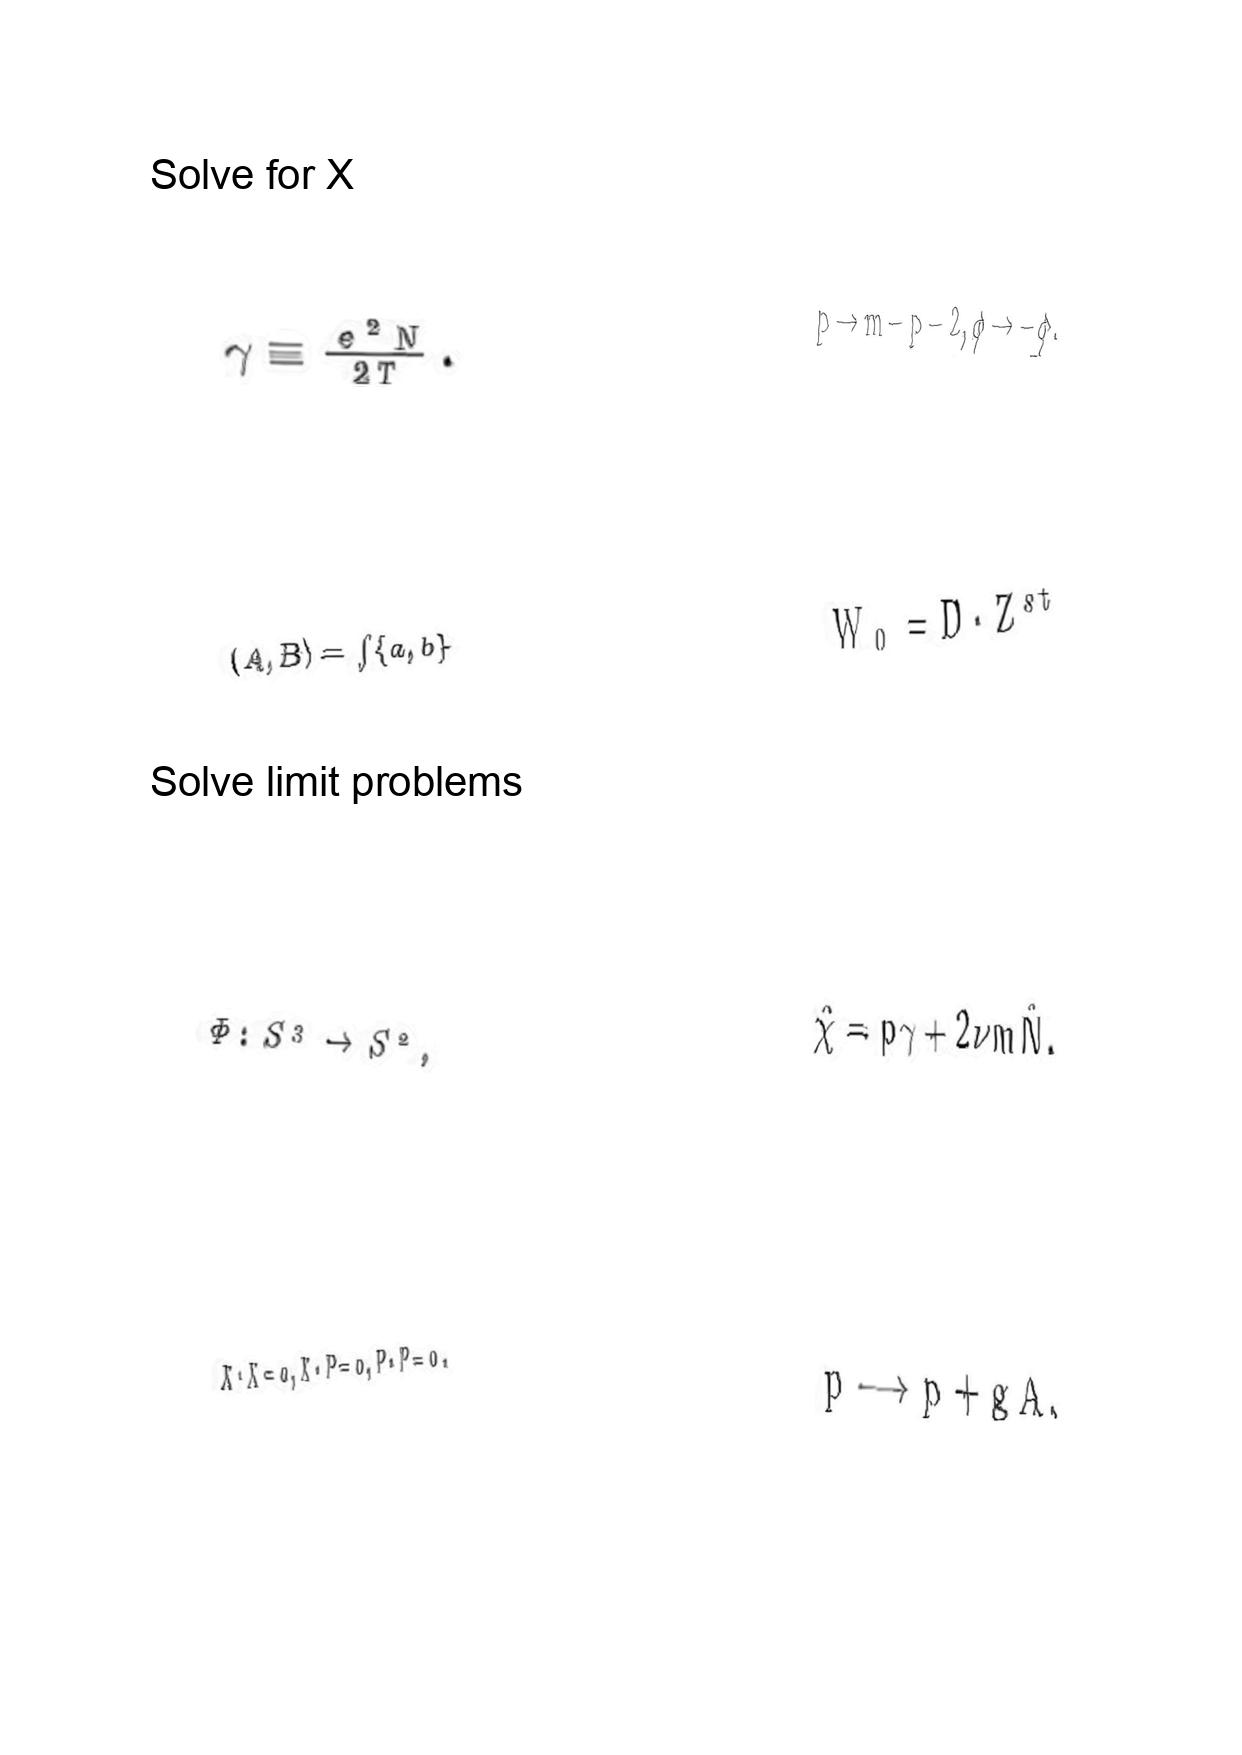
LaTeX transcription:
\gamma \equiv \frac { e ^ { 2 } N } { 2 T } .
\lparen A , B \rparen = \int \lbrace a , b \rbrace
\Phi : S ^ { 3 } \rightarrow S ^ { 2 } ,
X \cdot X = 0 , X \cdot P = 0 , P \cdot P = 0 .
p \to m - p - 2 , \phi \to - \phi .
W _ { 0 } = D \cdot Z ^ { s t }
\hat { \chi } = p \gamma + 2 \nu m \hat { N } .
p \longrightarrow p + g A ,